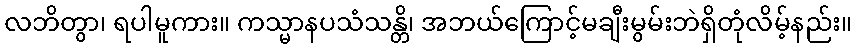
လဘိတွာ၊ ရပါမူကား။ ကသ္မာနပသံသန္တိ၊ အဘယ်ကြောင့်မချီးမွမ်းဘဲရှိတုံလိမ့်နည်း။